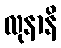
လုနာနိ